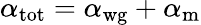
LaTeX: \alpha_{\mathrm{tot}}=\alpha_{\mathrm{wg}}+\alpha_{\mathrm{m}}